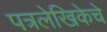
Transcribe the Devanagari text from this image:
पत्रलेखिकेचे